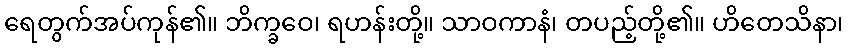
ရေတွက်အပ်ကုန်၏။ ဘိက္ခဝေ၊ ရဟန်းတို့။ သာဝကာနံ၊ တပည့်တို့၏။ ဟိတေသိနာ၊